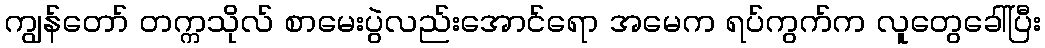
ကျွန်တော် တက္ကသိုလ် စာမေးပွဲလည်းအောင်ရော အမေက ရပ်ကွက်က လူတွေခေါ်ပြီး